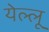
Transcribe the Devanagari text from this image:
येल्लू